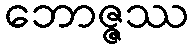
ဘောဇ္ဇဿ